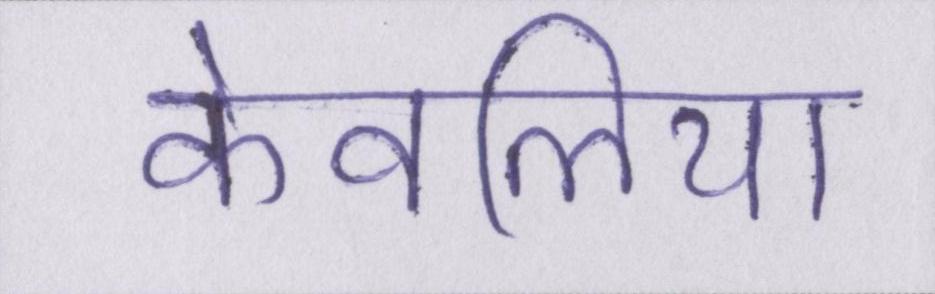
केवलिया